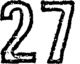
27